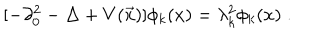
[ - \partial _ { 0 } ^ { 2 } - \Delta + V ( \vec { x } ) ] \phi _ { k } ( x ) = \lambda _ { k } ^ { 2 } \phi _ { k } ( x ) \; .